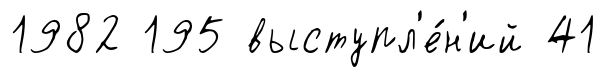
1982 195 выступл'е́н'ий 41